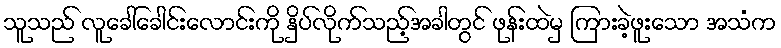
သူသည် လူခေါ်ခေါင်းလောင်းကို နှိပ်လိုက်သည့်အခါတွင် ဖုန်းထဲမှ ကြားခဲ့ဖူးသော အသံက